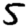
Digit: 5